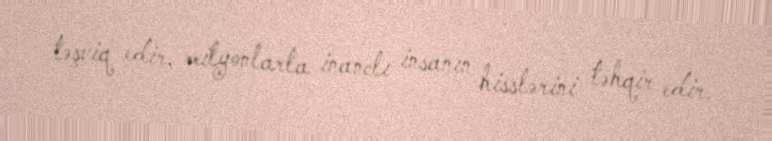
təşviq edir, milyonlarla inanclı insanın hisslərini təhqir edir.